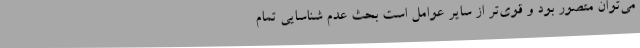
می‌توان متصور بود و قوی‌تر از سایر عوامل است بحث عدم شناسایی تمام